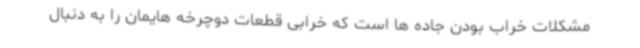
مشکلات خراب بودن جاده ها است که خرابی قطعات دوچرخه هایمان را به دنبال